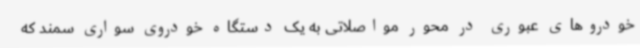
خودروهای عبوری در محور مواصلاتی به یک دستگاه خودروی سواری سمند که